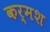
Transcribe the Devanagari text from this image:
कर्मश